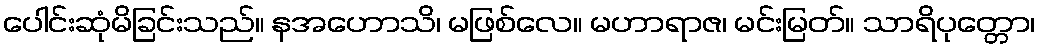
ပေါင်းဆုံမိခြင်းသည်။ နအဟောသိ၊ မဖြစ်လေ။ မဟာရာဇ၊ မင်းမြတ်။ သာရိပုတ္တော၊